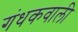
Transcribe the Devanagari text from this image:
गंधकवाली